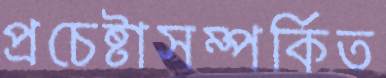
প্রচেষ্টাসম্পর্কিত